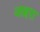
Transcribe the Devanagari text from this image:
जाहरा